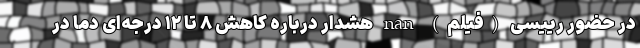
در حضور رییسی (فیلم) nan هشدار درباره کاهش ۸ تا ۱۲ درجه‌ای دما در